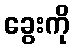
ခွေးကို